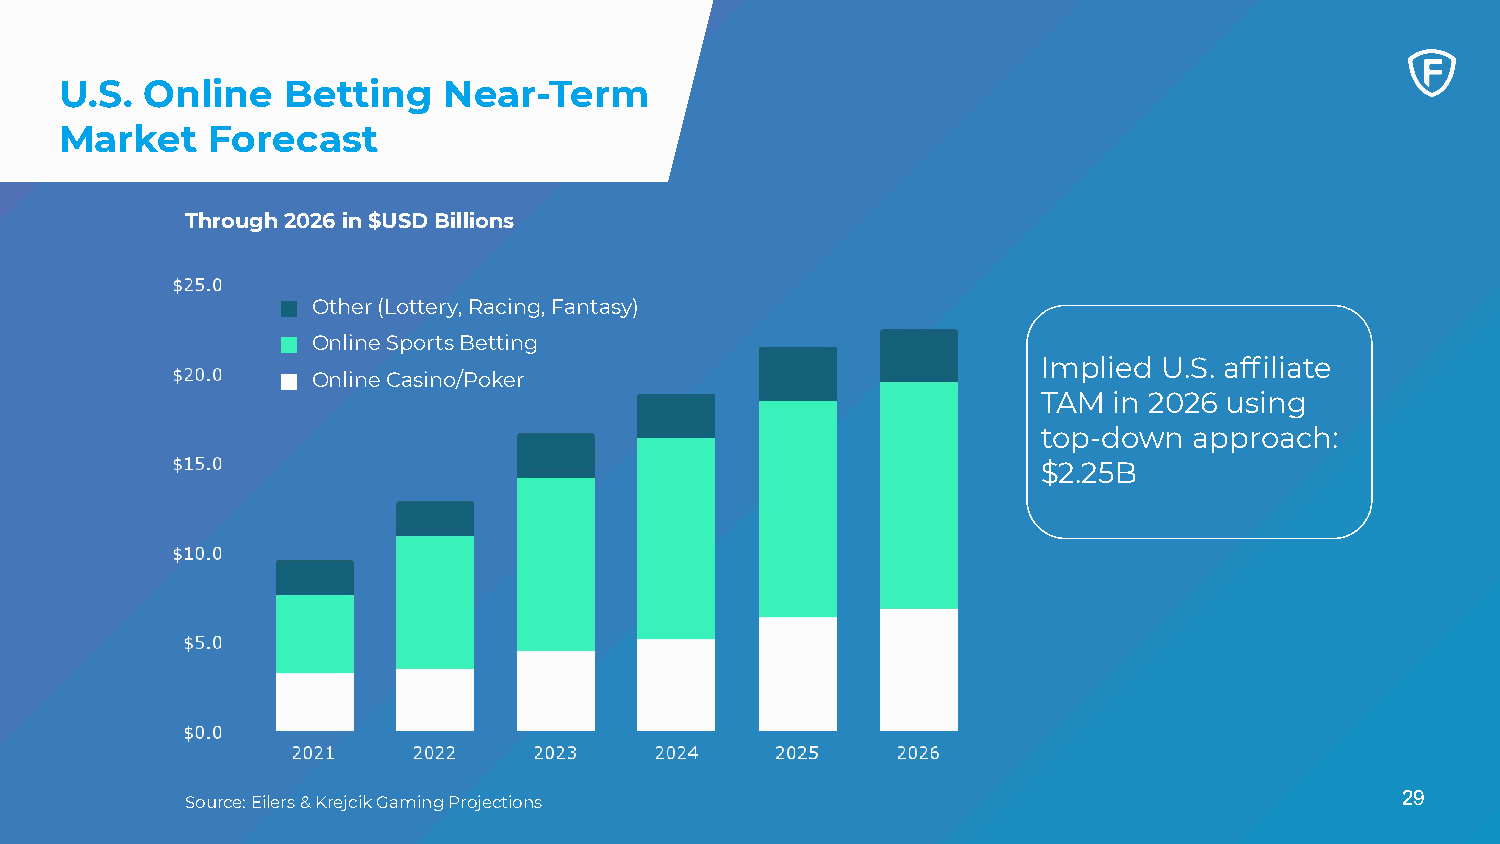
U.S.  Online   Betting   Near-Term
 Market    Forecast
 Through 2026 in $USD Billions
 Other (Lottery, Racing, Fantasy)
 Online Sports Betting
 Implied U.S. affiliate
 Online Casino/Poker
 TAM  in 2026 using
 top-down  approach:
 $2.25B
 29
 Source: Eilers & Krejcik Gaming Projections